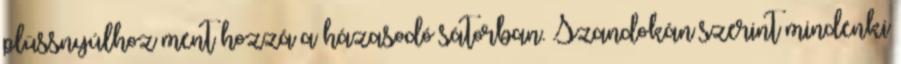
plüssnyúlhoz ment hozzá a házasodó sátorban. Szandokán szerint mindenki